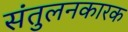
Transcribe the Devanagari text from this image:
संतुलनकारक